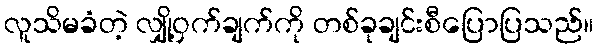
လူသိမခံတဲ့ လျှို့ဝှက်ချက်ကို တစ်ခုချင်းစီပြောပြသည်။